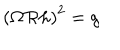
LaTeX: \left( \Omega { \cal R } h \right) ^ { 2 } = g